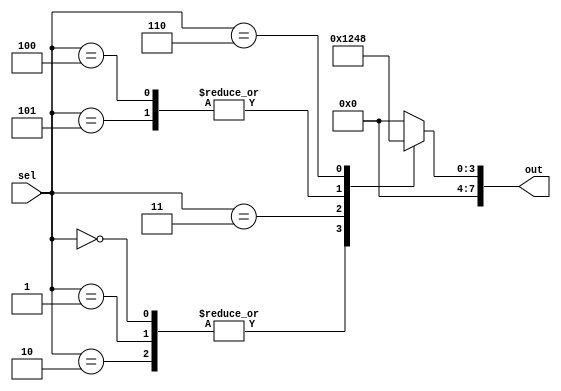
module parallel_case_statement (
    input [3:0] sel,
    output reg [7:0] out
  );
  
  always @* begin
    case(sel)
      4'b0000, 4'b0001, 4'b0010: out = 8'b00000001;
      4'b0011: out = 8'b00000010;
      4'b0100, 4'b0101: out = 8'b00000100;
      4'b0110: out = 8'b00001000;
      default: out = 8'b00000000;
    endcase
  end

endmodule